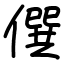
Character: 僎